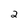
Character: 2